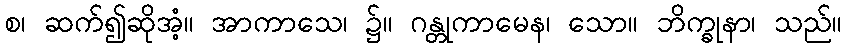
စ၊ ဆက်၍ဆိုအံ့။ အာကာသေ၊ ၌။ ဂန္တုကာမေန၊ သော။ ဘိက္ခုနာ၊ သည်။